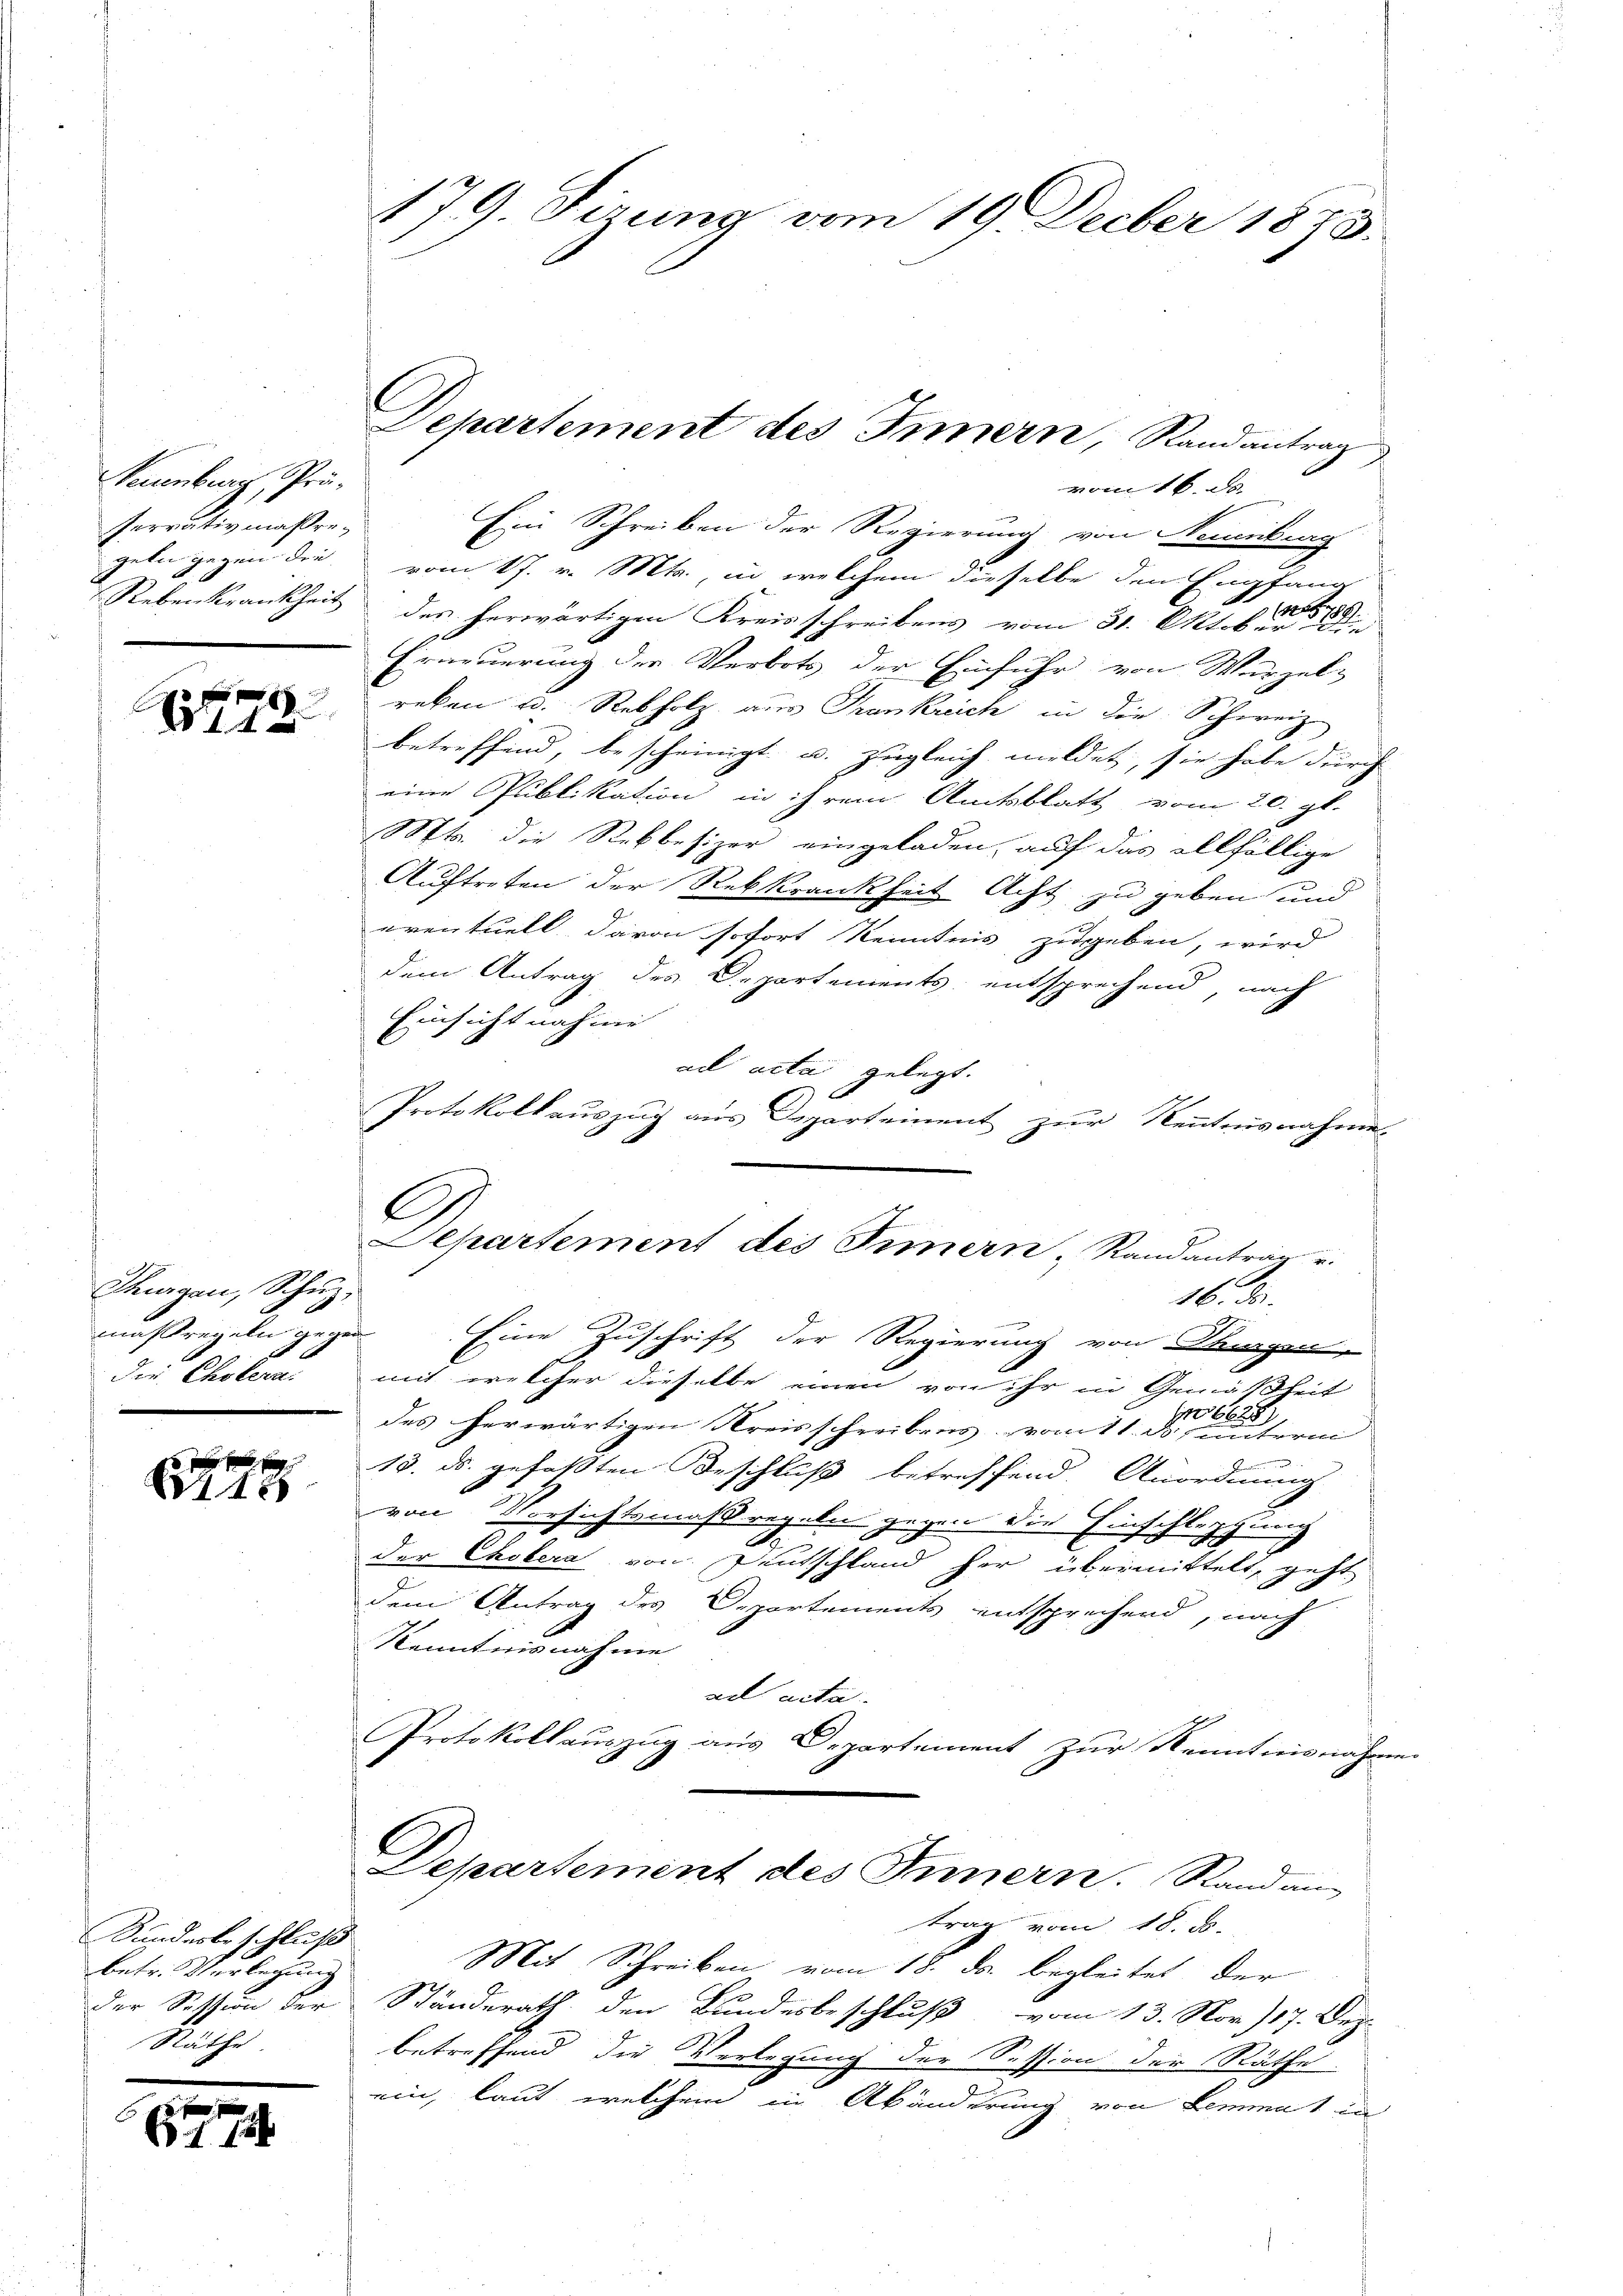
Neuenburg, Prä¬
Perrativmaßregeln gegen den

u
1248.

Thurgau, Schŭz,
maßregeln gegen
die Cholen

1

Kundesbeschluß
betr. Verlegung
Der Session der
Räthe

2

179. Fizung vom 19. Decber 1875.

vom 16. d.
Ein Schreiben der Regierung von Neuenburg
vom 17. v. Mts., in welchem dieselbe den Empfang
Rebenkrankheit des herwärtigen Kreisschreibens vom 31. Okt. 1850.
Erneuerung der Verbots der Einführ von Wurzel-
reken u. Rebholz aus Frankreich in die Schweiz.
betreffend, bescheinigt u. zugleich meldet, sie habe durch
eine Publikation in ihrem Amtsblatt vom 20. gl.
Mts. die Rebbesizer eingeladen, auf das allfällige
Auftreten der Rekkrankheit Acht zu geben und
eventuell davon sofort Kenntnis zugeben, wird
dem Antrag des Departements entsprechend, nach
Einsicht noch mi
ad acta gelegt.
Protokollauszug aus Departement zur Kenntnisnahme
.
16. ds.
Eine Zuschrift der Regierung von Thurgen
mit welcher dieselbe einen von ihr in Gemäßheit
16628
des herwärtigen Kreisschreibens vom 11. d. unterm
13. ds. gefaßten Beschluß betreffend. Anordnung
von Vorsichtsmaßregeln gegen die Einschleppung
der Cholera von Deutschland her übermittelt, geht
dem Antrag des Departements entsprechend, nach
Kenntnisnahme
ad acta.
Protokollauszug aus Departement zur Kenntnisnahm
Departement des Innern. Randan
trag vom 18. ds.
Mit Schreiben vom 18. ds. begleitet, der
Schänderath den Bundesbeschluß vom 13. Nov. 17. Dez.
betreffend die Verlegung der Session der Räthe
ein, laut, welchem in Abänderung von Lemma 1 un

Departement des Innern, Randantrag

G

Separtement des Innern, Randantrag u.